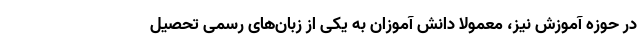
در حوزه آموزش نیز، معمولا دانش آموزان به یکی از زبان‌های رسمی تحصیل